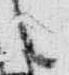
言